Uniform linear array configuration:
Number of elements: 24
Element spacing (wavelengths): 1
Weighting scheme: hann
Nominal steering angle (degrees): -60
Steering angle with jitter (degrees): -60.167
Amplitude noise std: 0.05
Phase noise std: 0.05

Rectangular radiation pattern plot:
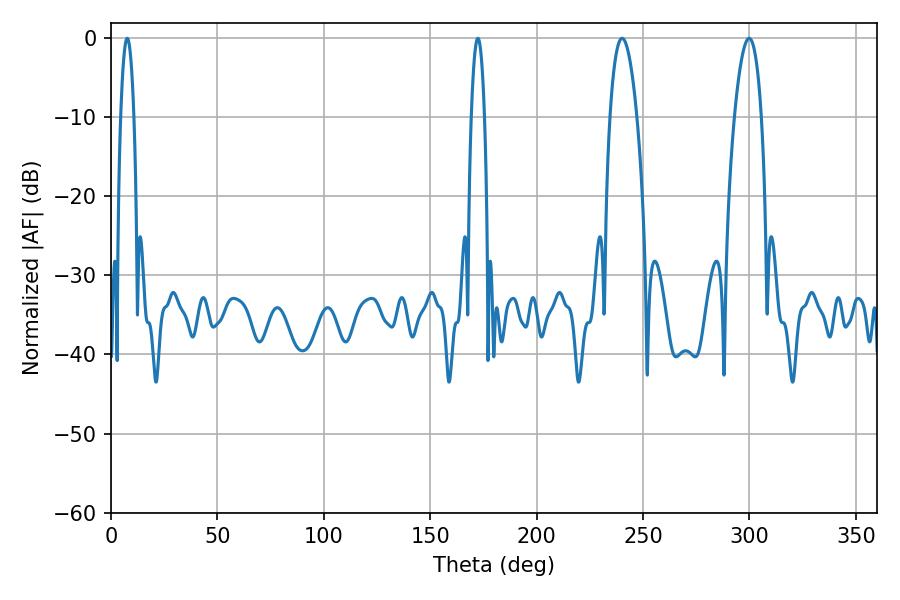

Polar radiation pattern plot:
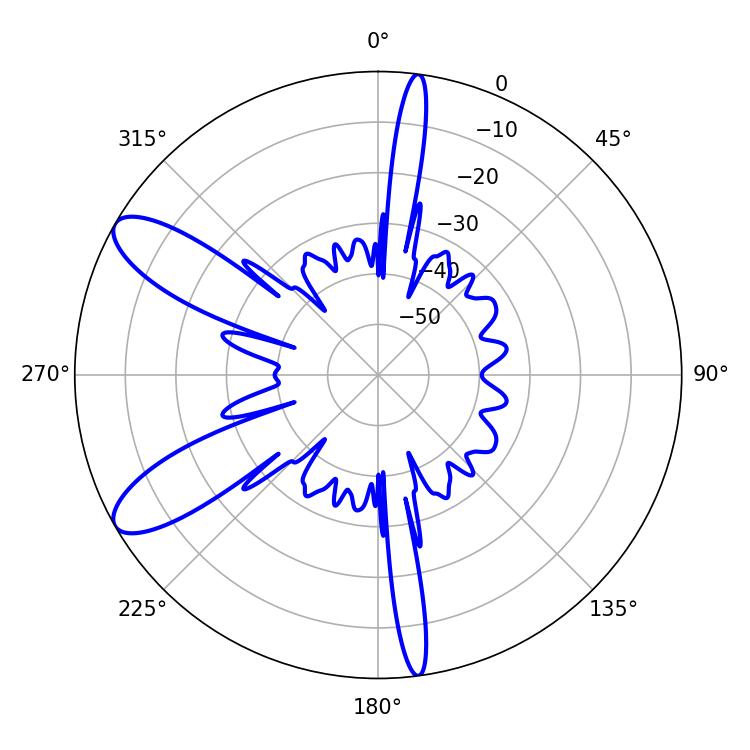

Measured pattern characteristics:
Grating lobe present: TRUE
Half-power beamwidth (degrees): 7.02
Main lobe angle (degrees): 240.12